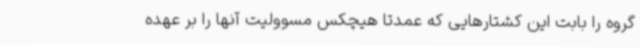
گروه را بابت این کشتارهایی که عمدتا هیچکس مسوولیت آنها را بر عهده